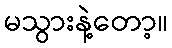
မသွားနဲ့တော့။